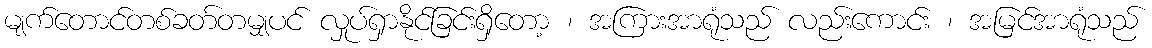
မျက်တောင်တစ်ခတ်တမျှပင် လှုပ်ရှာနိုင်ခြင်းရှိတော့ ၊ အကြားအာရုံသည် လည်းကောင်း ၊ အမြင်အာရုံသည်